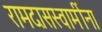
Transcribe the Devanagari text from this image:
रामदासस्वामींना